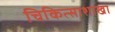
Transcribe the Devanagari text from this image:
चिकित्साशाखा